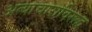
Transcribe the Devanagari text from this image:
अत्याचाराविरूद्ध